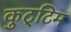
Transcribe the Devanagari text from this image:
कुट्‌टिम